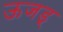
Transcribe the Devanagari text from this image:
ऊजड्